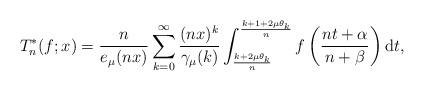
LaTeX: \begin{align*}T_{n}^{\ast}(f;x)=\frac{n}{e_{\mu}(nx)}\sum_{k=0}^{\infty }\frac{(nx)^{k}}{\gamma _{\mu }(k)}\int_{\frac{k+2\mu \theta_{k}}{n}}^{\frac{k+1+2\mu \theta _{k}}{n}}f\left(\frac{nt+\alpha}{n+\beta}\right)\mathrm{d}t ,\end{align*}